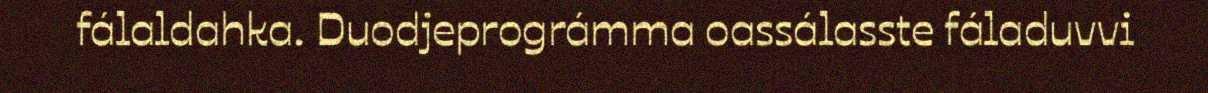
fálaldahka. Duodjeprográmma oassálasste fáladuvvi